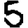
Digit: 5